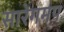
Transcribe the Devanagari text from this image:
सारेगमप